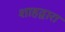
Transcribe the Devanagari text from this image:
शाहद्वारा